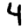
Digit: 4